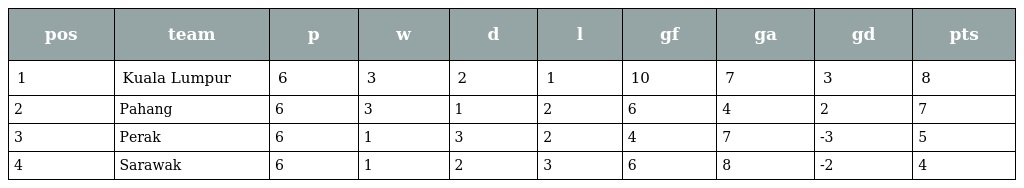
| pos | team | p | w | d | l | gf | ga | gd | pts |
 | --- | --- | --- | --- | --- | --- | --- | --- | --- | --- |
 | 1 | Kuala Lumpur | 6 | 3 | 2 | 1 | 10 | 7 | 3 | 8 |
 | 2 | Pahang | 6 | 3 | 1 | 2 | 6 | 4 | 2 | 7 |
 | 3 | Perak | 6 | 1 | 3 | 2 | 4 | 7 | -3 | 5 |
 | 4 | Sarawak | 6 | 1 | 2 | 3 | 6 | 8 | -2 | 4 |